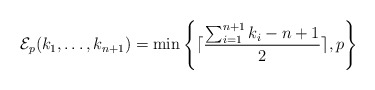
\begin{align*}\mathcal{E}_p(k_1, \ldots, k_{n+1})=\mathrm{min} \left\lbrace \lceil \frac{\sum_{i=1}^{n+1} k_i - n+1 }{2} \rceil , p \right \rbrace\end{align*}